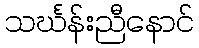
သင်္ဃန်းညီနောင်